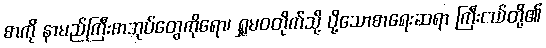
စာကို နာမည်ကြီးစာအုပ်တွေကိုရော၊ ရှုမဝတိုက်သို့ ပို့သောစာရေးဆရာ ကြီးငယ်တို့၏